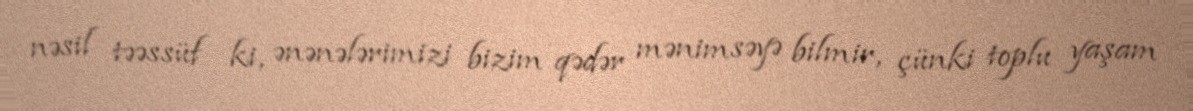
nəsil təəssüf ki, ənənələrimizi bizim qədər mənimsəyə bilmir, çünki toplu yaşam